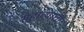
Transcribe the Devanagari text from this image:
सहाव्याची